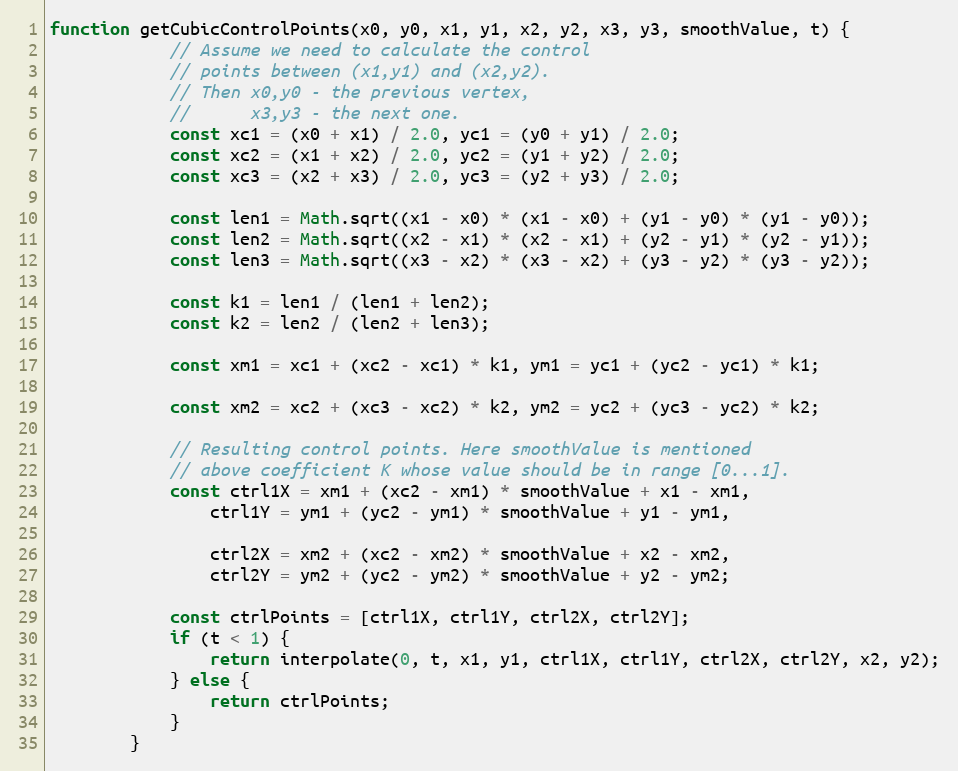
Language: JavaScript
function getCubicControlPoints(x0, y0, x1, y1, x2, y2, x3, y3, smoothValue, t) {
            // Assume we need to calculate the control
            // points between (x1,y1) and (x2,y2).
            // Then x0,y0 - the previous vertex,
            //      x3,y3 - the next one.
            const xc1 = (x0 + x1) / 2.0, yc1 = (y0 + y1) / 2.0;
            const xc2 = (x1 + x2) / 2.0, yc2 = (y1 + y2) / 2.0;
            const xc3 = (x2 + x3) / 2.0, yc3 = (y2 + y3) / 2.0;

            const len1 = Math.sqrt((x1 - x0) * (x1 - x0) + (y1 - y0) * (y1 - y0));
            const len2 = Math.sqrt((x2 - x1) * (x2 - x1) + (y2 - y1) * (y2 - y1));
            const len3 = Math.sqrt((x3 - x2) * (x3 - x2) + (y3 - y2) * (y3 - y2));

            const k1 = len1 / (len1 + len2);
            const k2 = len2 / (len2 + len3);

            const xm1 = xc1 + (xc2 - xc1) * k1, ym1 = yc1 + (yc2 - yc1) * k1;

            const xm2 = xc2 + (xc3 - xc2) * k2, ym2 = yc2 + (yc3 - yc2) * k2;

            // Resulting control points. Here smoothValue is mentioned
            // above coefficient K whose value should be in range [0...1].
            const ctrl1X = xm1 + (xc2 - xm1) * smoothValue + x1 - xm1,
                ctrl1Y = ym1 + (yc2 - ym1) * smoothValue + y1 - ym1,

                ctrl2X = xm2 + (xc2 - xm2) * smoothValue + x2 - xm2,
                ctrl2Y = ym2 + (yc2 - ym2) * smoothValue + y2 - ym2;

            const ctrlPoints = [ctrl1X, ctrl1Y, ctrl2X, ctrl2Y];
            if (t < 1) {
                return interpolate(0, t, x1, y1, ctrl1X, ctrl1Y, ctrl2X, ctrl2Y, x2, y2);
            } else {
                return ctrlPoints;
            }
        }